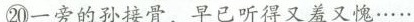
⑳一旁的孙接骨，早已听得又羞又愧……